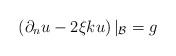
LaTeX: \begin{align*}\left(\partial_n u-2\xi { k}u\right)|_{\cal B}=g\end{align*}